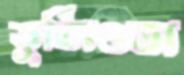
তুর্সিওস